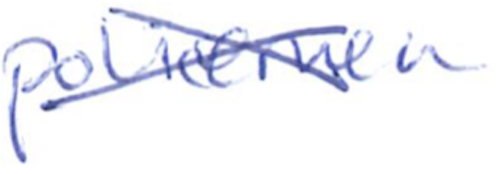
Text: policemen
Cross-out: cross
Writing tool: ballpoint